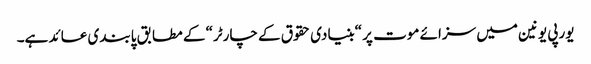
یورپی یونین میں سزائے موت پر “بنیادی حقوق کے چارٹر“ کے مطابق پابندی عائد ہے۔